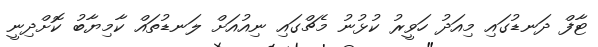
ޓާފް ދަނޑުގައި މިއަދު ހަވީރު ކުޅުނު މެޗްގައި ނިއުއަށް ލަނޑުތައް ކާމިޔާބު ކޮށްދިނީ